Annual report on the working of the lock hospitals in the Central Provinces
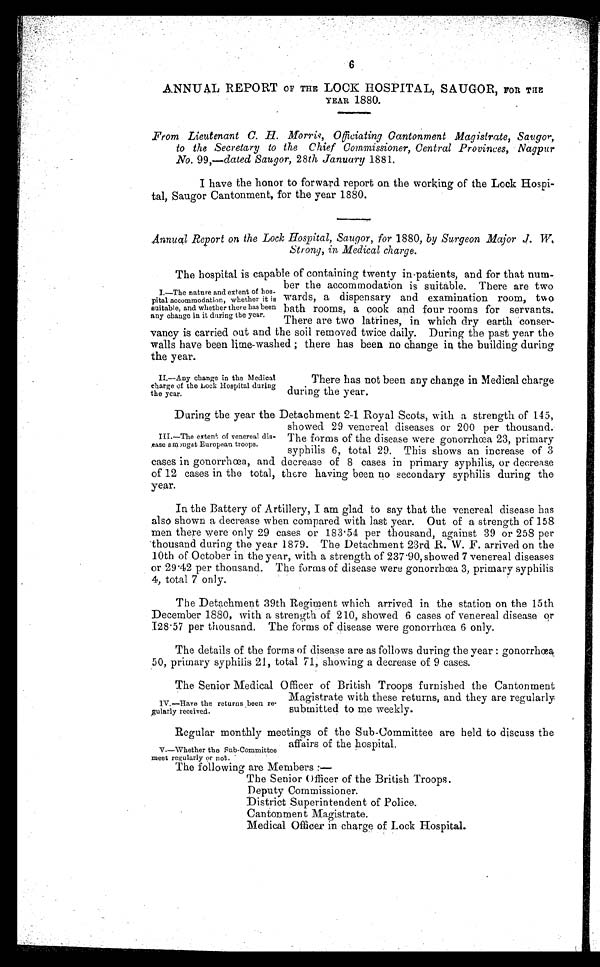
6
ANNUAL REPORT or THE LOCK HOSPITAL, SAUGOR, FOR THE
YEAR 1880.
From Lieutenant C. H. Morris Officiating Cantonment Magisttrate, Saugor,
to the Secretary to the Chief Commissioner, Central Provinces, Nagpur
No. 99,—dated Saugor, 28th January 1881.
I have the honor to forward report on the working of the Lock Hospi-
tal, Saugor Cantonment, for the year 1880.
Annual Report on the Lock Hospital, Saugor, for 1880, by Surgeon Major J. W.
Strong, in Medical charge.
The hospital is capable of containing twenty in-patients, and for that num-
ber the accommodation is suitable. There are two
wards, a dispensary and examination room, two
bath rooms, a cook and four rooms for servants.
There are two latrines, in which dry earth conser-
vancy is carried out and the soil removed twice daily. During the past year the
walls have been lime-washed ; there has been no change in the building during
the year.
I—The nature and extent of hos-
pital accommodation, whether it is
suitable, and whether there has been
any change in it. during the year.
II.—Any change in the Medical
charge of the Lock Hospital during
the year.
There has not been any change in Medical charge
during the year.
During the year the Detachment 2-1 Royal Scots, with a strength of 145,
showed 29 venereal diseases or 200 per thousand.
The forms of the disease were gonorrhoea 23, primary
syphilis 6, total 29. This shows an increase of 3
cases in gonorrhœa, and decrease of 8 cases in primary syphilis, or decrease
of 12 cases in the total, there having been no secondary syphilis during the
year.
In the Battery of Artillery, I am glad to say that the venereal disease has
also shown a decrease when compared with last year. Out of a strength of 158
men there were only 29 cases or 183.54 per thousand, against 39 or 258 per
thousand during the year 1879. The Detachment 23rd R. W. F. arrived on the
10th of October in the year, with a strength of 237.90, showed 7 venereal diseases
or 29.42 per thousand. The forms of disease were gonorrhœa 3, primary syphilis
4, total 7 only.
The Detachment 39th Regiment which arrived in the station on the 15th
December 1880, with a strength of 210, showed 6 cases of venereal disease or
I28.57 per thousand. The forms of disease were gonorrhœa 6 only.
The details of the forms of disease are as follows during the year : gonorrhoea,
50, primary syphilis 21, total 71, showing a decrease of 9 cases.
III.—The extent of venereal dis-
ease amongst European troops.
The Senior Medical Officer of British Troops furnished the Cantonment
Magistrate with these returns, and they are regularly
submitted to me weekly.
IV.—Have the returns been re-
gularly received.
Regular monthly meetings of the Sub-Committee are held to discuss the
affairs of the hospital.
V.—Whether the Sub-Committee
meet regularly o r not:
The following are Members :—
The Senior Officer of the British Troops.
Deputy Commissioner.
District Superintendent of Police.
Cantonment Magistrate.
Medical Officer in charge of Lock Hospital.